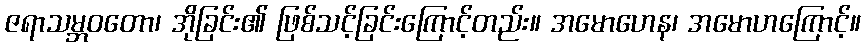
ဇရာသမ္ဘဝတော၊ အိုခြင်း၏ ဖြစ်သင့်ခြင်းကြောင့်တည်း။ အမောဟေန၊ အမောဟကြောင့်။